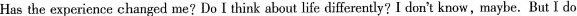
Has the experience changed me?DoIthink about life differently? I don't know,maybe. But I do